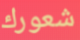
شعورك